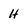
Character: H